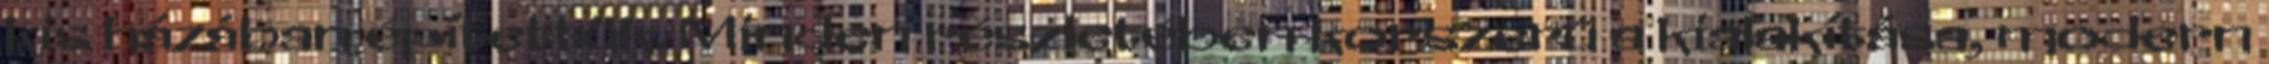
kis házában építettük. Minden részletében korszerű a kialakítása, modern